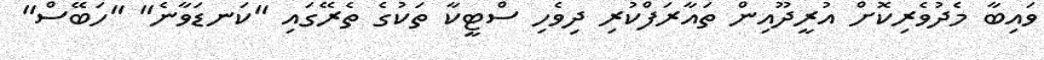
ވައިބާ މެދުވެރިކޮށް އުރީދޫއިން ތައާރަފްކުރި ދިވެހި ސްޓީކާ ތަކުގެ ތެރޭގައި "ކަނޑަވާނެ" "ހަބޭސް"